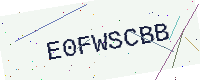
Text: E0FWSCBB